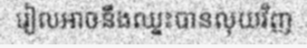
រៀលអាចនឹងឈ្នះបានលុយវិញ